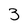
Character: 3